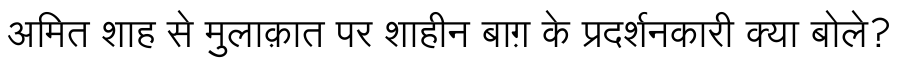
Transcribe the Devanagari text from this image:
अमित शाह से मुलाक़ात पर शाहीन बाग़ के प्रदर्शनकारी क्या बोले?